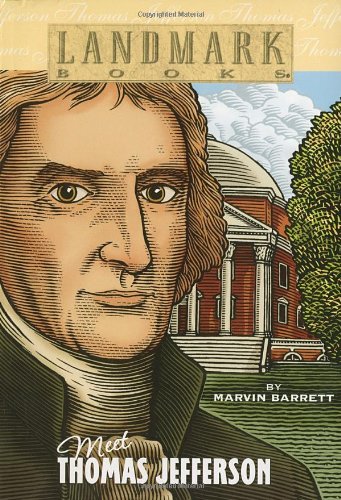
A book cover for Meet Thomas Jefferson (Landmark Books); Marvin Barrett; Children's Books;